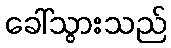
ခေါ်သွားသည်